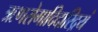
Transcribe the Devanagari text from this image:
ऋणरोगादिदारिद्रयं